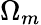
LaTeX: \Omega_{m}